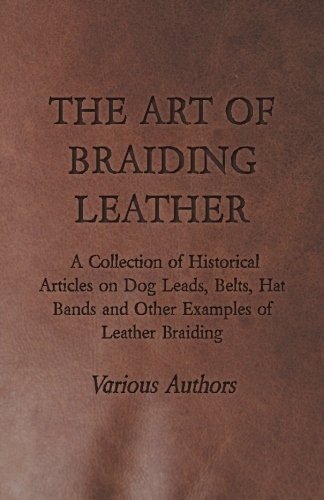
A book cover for The Art of Braiding Leather - A Collection of Historical Articles on Dog Leads, Belts, Hat Bands and Other Examples of Leather Braiding; Various; Crafts, Hobbies & Home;